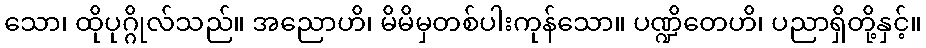
သော၊ ထိုပုဂ္ဂိုလ်သည်။ အညောဟိ၊ မိမိမှတစ်ပါးကုန်သော။ ပဏ္ဍိတေဟိ၊ ပညာရှိတို့နှင့်။